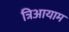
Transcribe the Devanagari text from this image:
त्रिआयाम